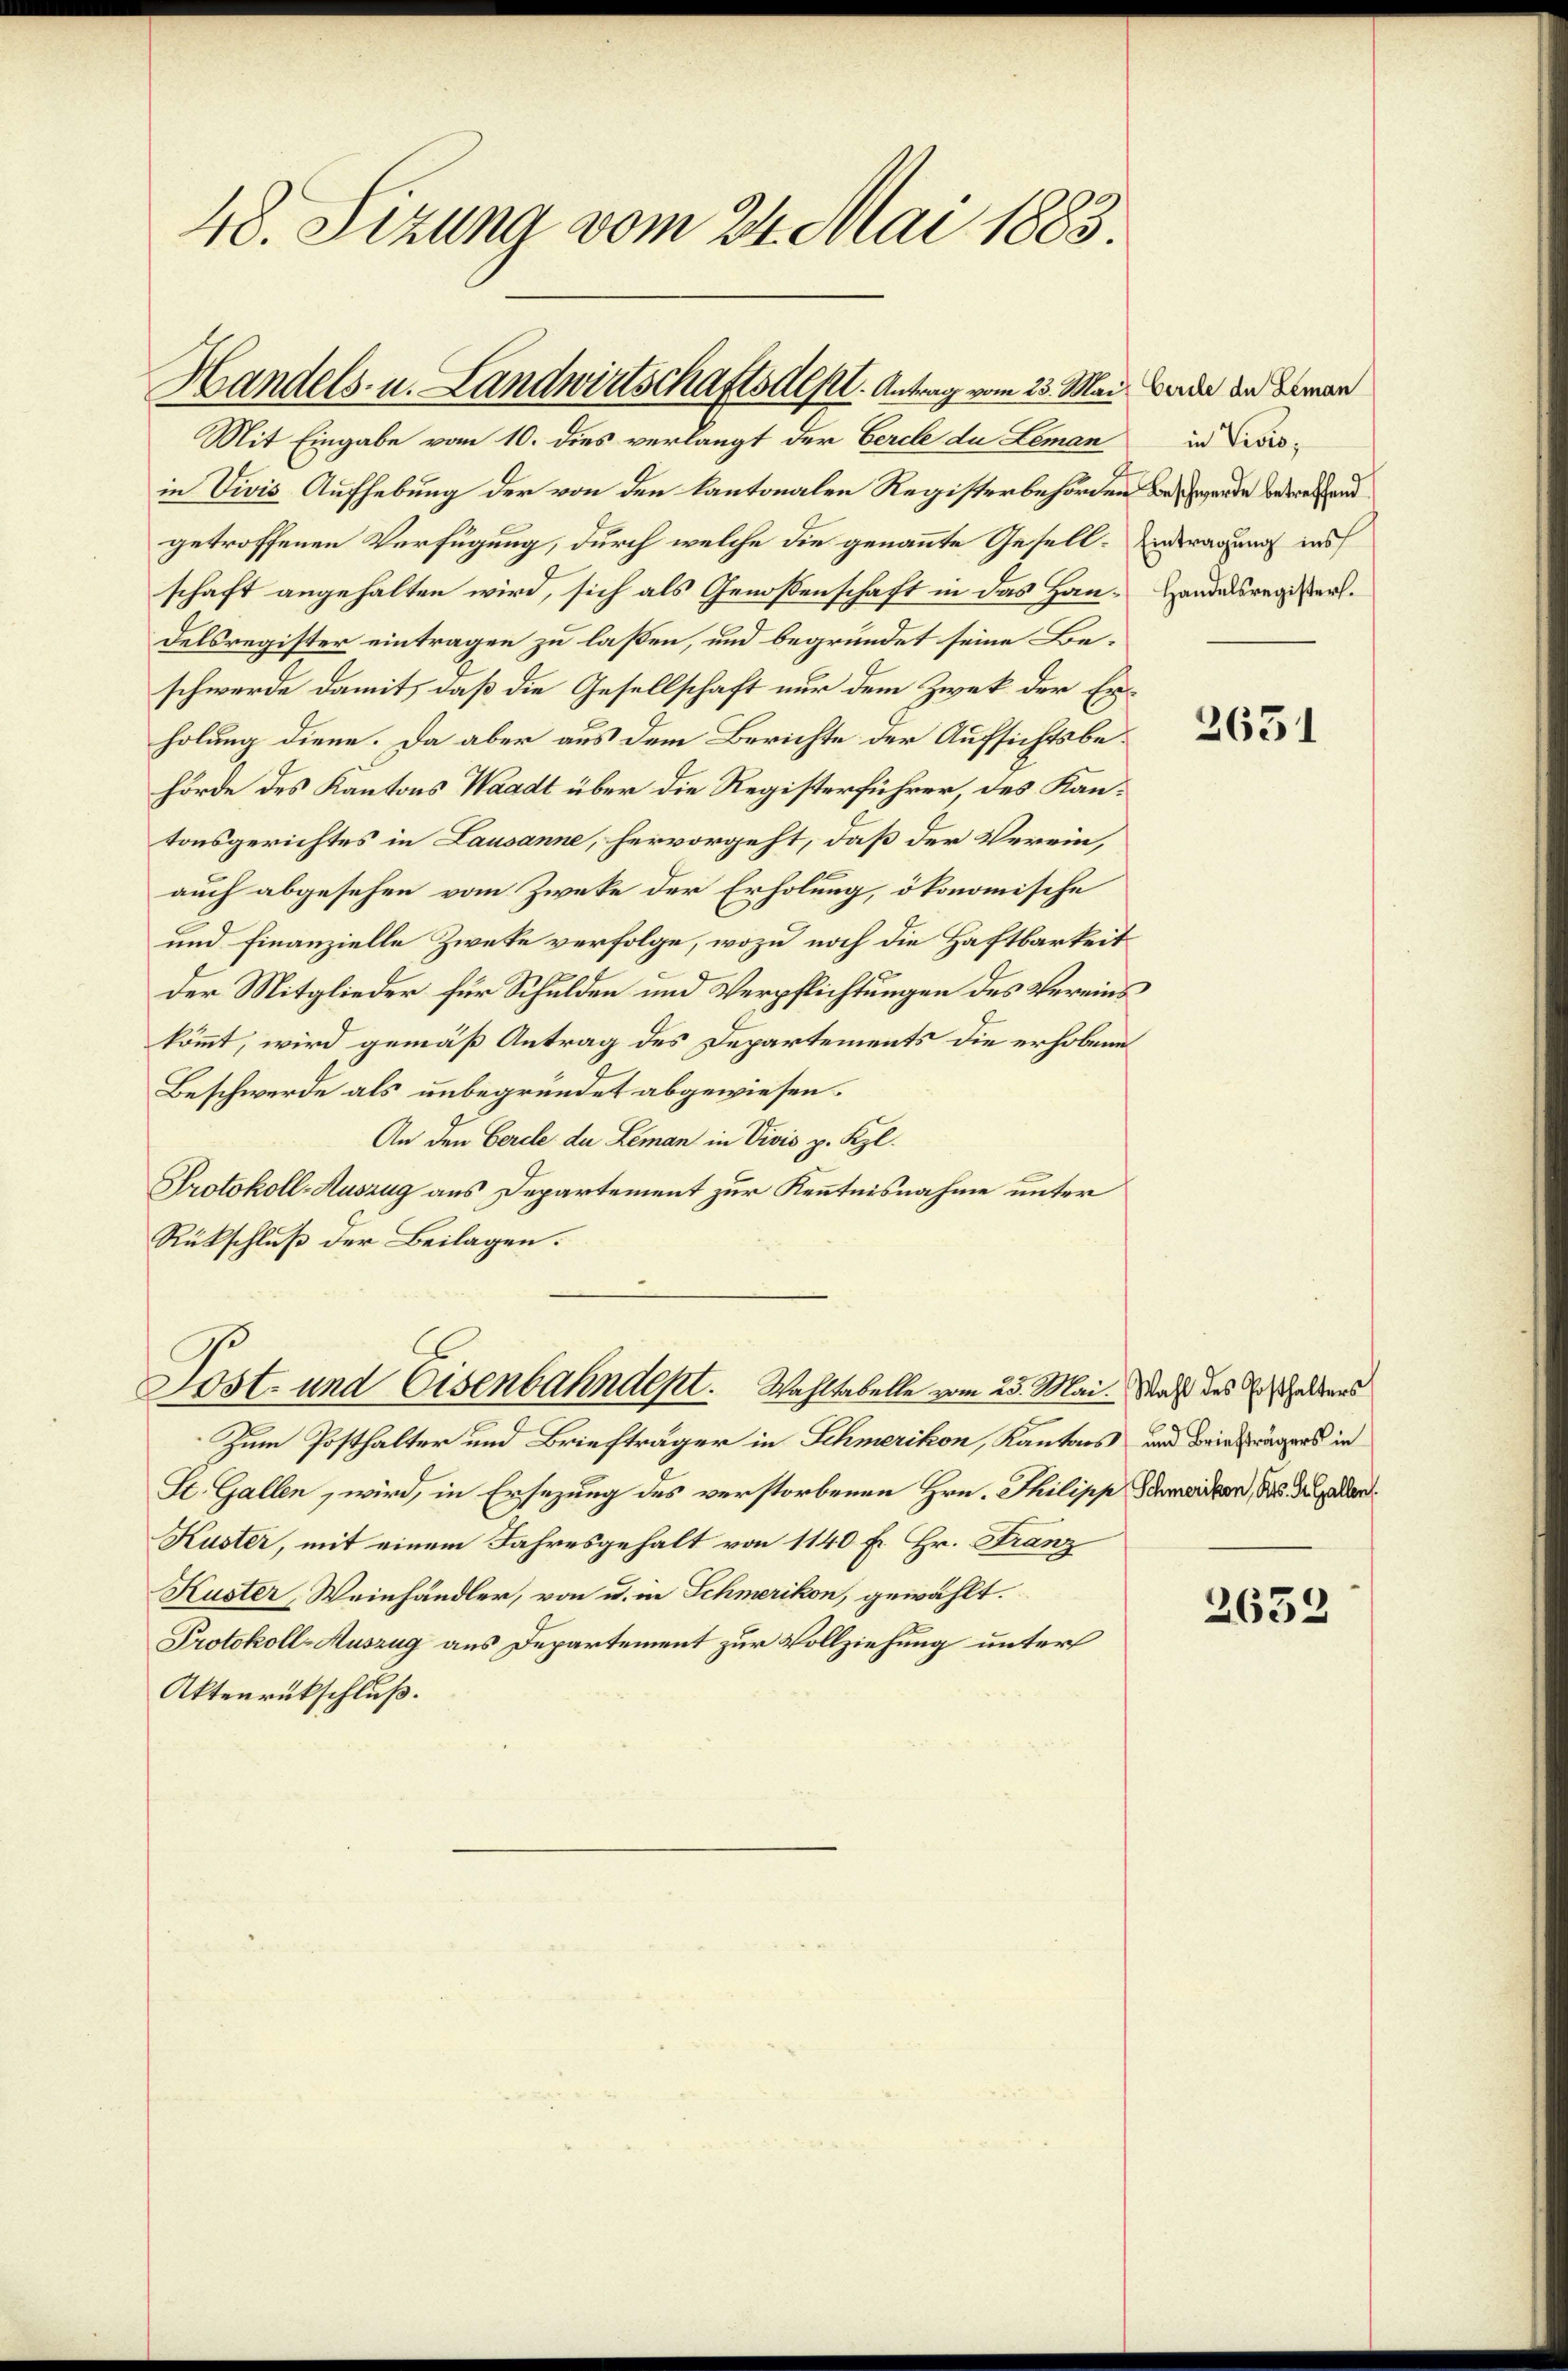
48. Sizung vom 24. Mai 1883.

Handels- u. Landwirtschaftsdest. Antrag vom 23. Mai werde und deman
Mit Eingabe vom 10. dies verlangt der Berche da Leman

in Vivis Aufhebung der von den Kantonalen Registerbehörden Beschwerde betreffend
getroffenen Verfügung, durch welche die genannte Gesell- Antragung ins
schaft angehalten wird, sich als Genoßenschaft in das Hau- Handelsregisters.
delsregister eintragen zu laßen, und begründet seine Beschwerde damit, daß die Gesellschaft nur dem Zwek der Erholung diene. Da aber aus dem Berichte der Aufsichtsbehörde des Kantons Waadt über die Registerführer, des Kantonsgerichtes in Lausanne, hervorgeht, daß der Verein,
auch abgesehen vom Zweke der Erholung, ökonomische
und Finanzielle Zwete verfolge, wozu noch die Haftbarkeit
Der Mitglieder für Schulden und Verpflichtungen des Vereins
kömmt, wird gemäß Antrag des Departements die erhobene
Beschwerde als unbegründet abgewiesen.
An den Gercle de Leman in Vivis p. Kzl.
Protokoll-Auszug aus Departement zur Kenntnisnahme unter
Rükschluß der Beilagen:

Lost- und Eisenbahndent. Wahltabelle vom 23. Mai. Daß des Geldens

Zum Posthalter und Briefträger in Schmerikon, Kantons und Briefrägers in
St. Gallen, wird, in Ersezung des verstorbenen Hrn. Philipp Schmeider, das der jeder¬
Kuster, mit einem Jahresgehalt von 1140 fr. Hr. Franz
Kuster, Weinhändler, von u. in Schmerikon, gewählt.
Protokoll-Auszug aus Departement zur Vollziehung unter
Aktenrückschluß.

in Vivis;

2651

2633